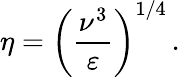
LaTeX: \eta=\left({\frac{\nu^{3}}{\varepsilon}}\right)^{1/4}\, .